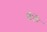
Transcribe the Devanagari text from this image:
ईर्ले